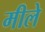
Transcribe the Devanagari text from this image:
मीले